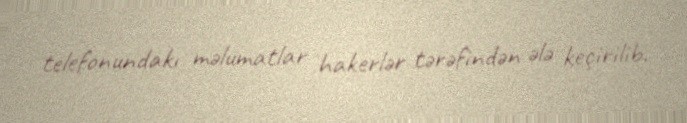
telefonundakı məlumatlar hakerlər tərəfindən ələ keçirilib.